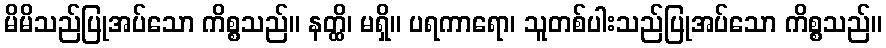
မိမိသည်ပြုအပ်သော ကိစ္စသည်။ နတ္ထိ၊ မရှိ။ ပရကာရော၊ သူတစ်ပါးသည်ပြုအပ်သော ကိစ္စသည်။